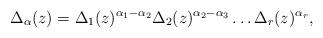
LaTeX: \begin{align*}\Delta_\alpha(z) = \Delta_1(z)^{\alpha_1 - \alpha_2} \Delta_2(z)^{\alpha_2 - \alpha_3} \dots \Delta_r(z)^{\alpha_r},\end{align*}